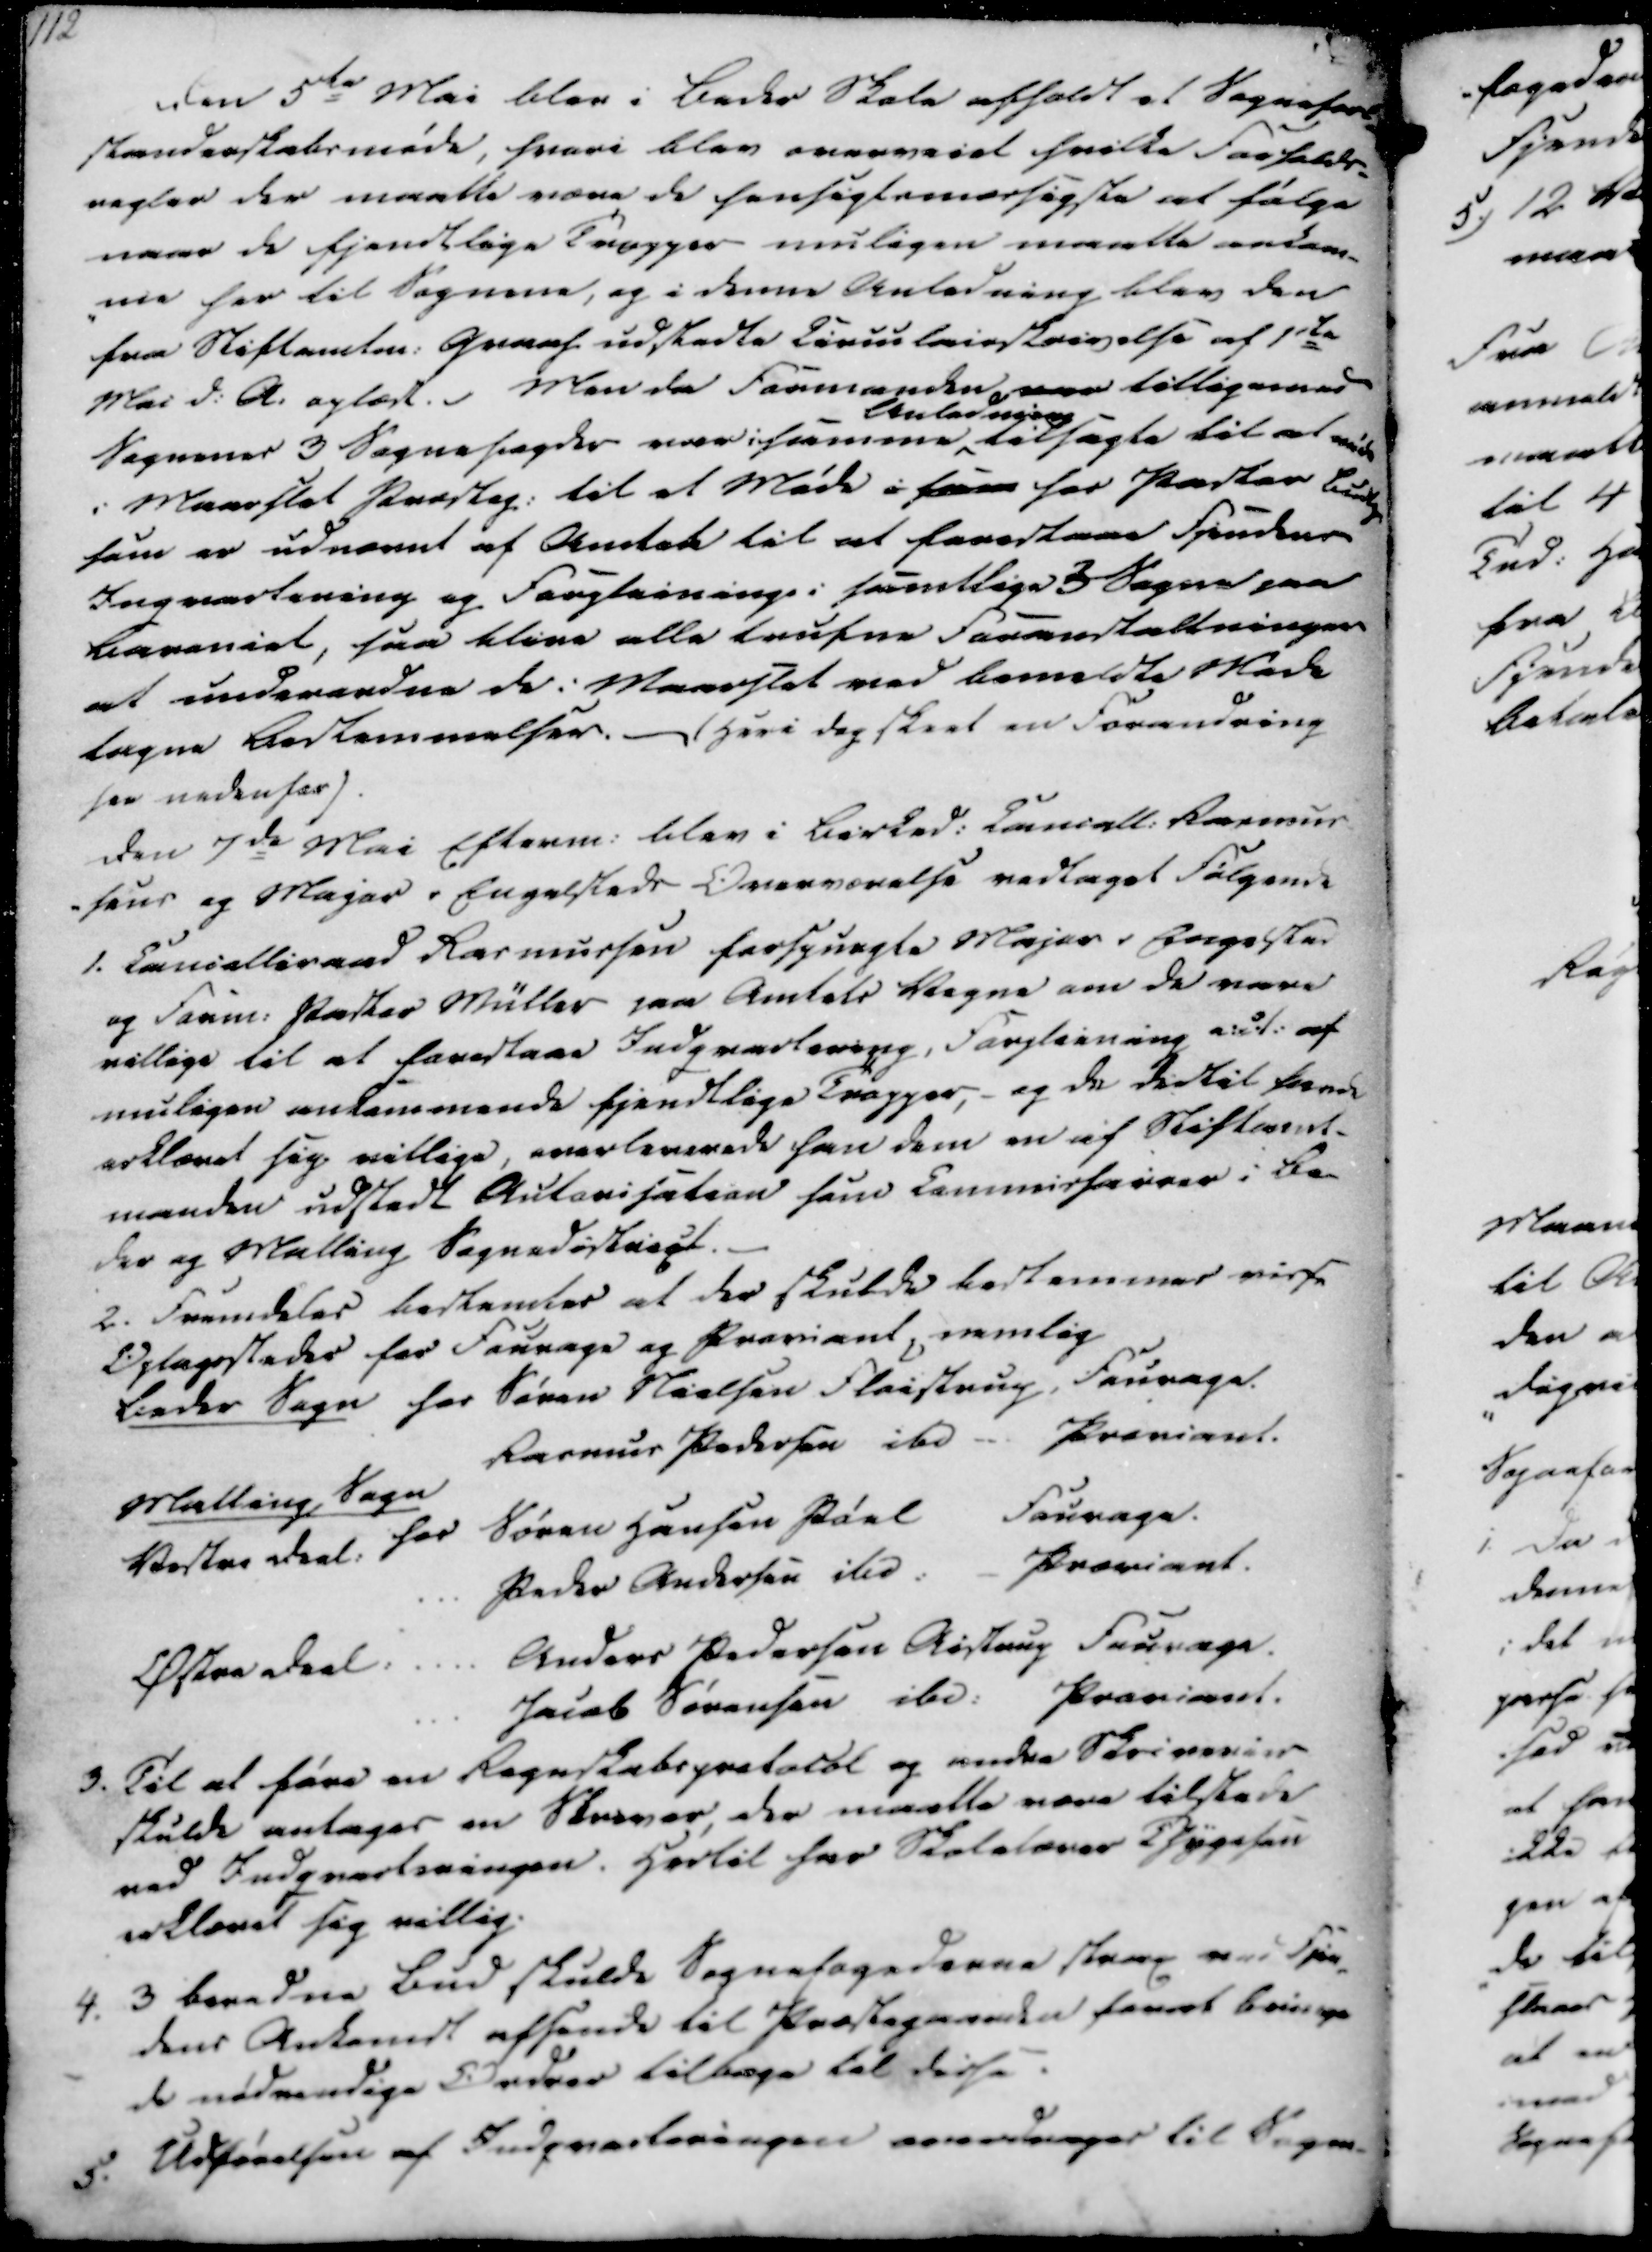
Transskription:
112

Den 5te Mai blev i Beder Skole afholdt et Sognefor-
standerskabsmøde, hvori blev overveiet hvilke Forholds-
regler der maatte være de hensigtsmæssigste at følge
naar de fjendtlige Tropper muligen maatte ankom-
-me her til Sognene, og i denne Anledning blev den
fra Stiftamtm. Graaf udstedte Circulairskrivelse af 1ste
Mai d.A. oplæst. Men da Formanden, var tilligemed
Sognenes 3 Sognefogder var i samme
Anledning
tilsagte til at møde
i Maarslet Præsteg. til et Møde i hans hos Pastor Budtz
som er udnævnt af Amtet til at farestaae Fjendens
Inqvartering og Forpleining i samtlige 3 Sogne paa
Bareniel, saa blive alle trufne Foranstaltninger
at underendne de i Maarslet ved bemeldte Møde
tagne Bestemmelser. - (Heri dog skeet en Forandring
see nedenfor).

Den 7de Mai Efterm. blev i Birked. Cancell. Rasmus
sens og Major v Engelsteds Overværelse vedtaget Følgende
1. Cancelliraad Rasmussen forspurgte Major v Engelsted
og Form. Pastor Müller paa Amtets Vegne om de vare
villige til at forestaae Indqvartering, Forpleining evt. af
muligen ankommende fjendtlige Tropper, - og de dertil havde
erklæret sig villige, overleverede han dem en af Stiftamt-
manden udstedt Autorisation som Commissioner i Be-
der og Malling Sognedistrict.

2. Fremdeles bestemtes at der skulde bestemmes visse
Optagesteder for Fourage og Proviant, nemlig
Beder Sogn hos Søren Nielsen Fløistrup, Fourage.
Rasmus Pedersen ibd -- Proviant.
Malling Sogn
Vestre Deel: hos Søren Hansen Pøel, Fourage.
Peder Andersen ibd. - Proviant.
Østre Deel:
Anders Pedersen Aistrup Fourage.
Jacob Sørensen ibd. Proviant.

3. Til at føre en Regnskabsprotocol og andre Skriverier
skulde antages en Skriver, der maatte være tilstede
ved Indqvarteringen. Hertil har Skolelærer i Thygesen
erklæret sig villig.
4.
3 beredne Bud skulde Sognefogederne strax ved Fjen-
dens Ankomst afsende til Præstegaarden for at bringe
de nødvendige Ordrer tilbage til disse
5. Udførelsen af Indqvarteringen overdrages til Sogne-